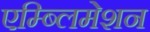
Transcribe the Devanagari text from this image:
एम्ब्लिमेशन